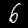
Label: 6